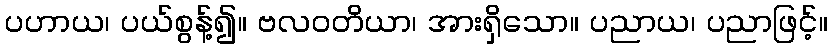
ပဟာယ၊ ပယ်စွန့်၍။ ဗလဝတိယာ၊ အားရှိသော။ ပညာယ၊ ပညာဖြင့်။